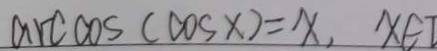
\arccos ( \cos x ) = x , x \in I